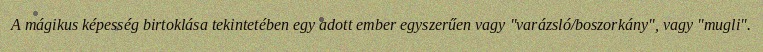
A mágikus képesség birtoklása tekintetében egy adott ember egyszerűen vagy "varázsló/boszorkány", vagy "mugli".